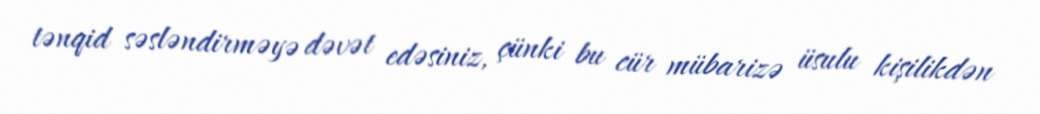
tənqid səsləndirməyə dəvət edəsiniz, çünki bu cür mübarizə üsulu kişilikdən